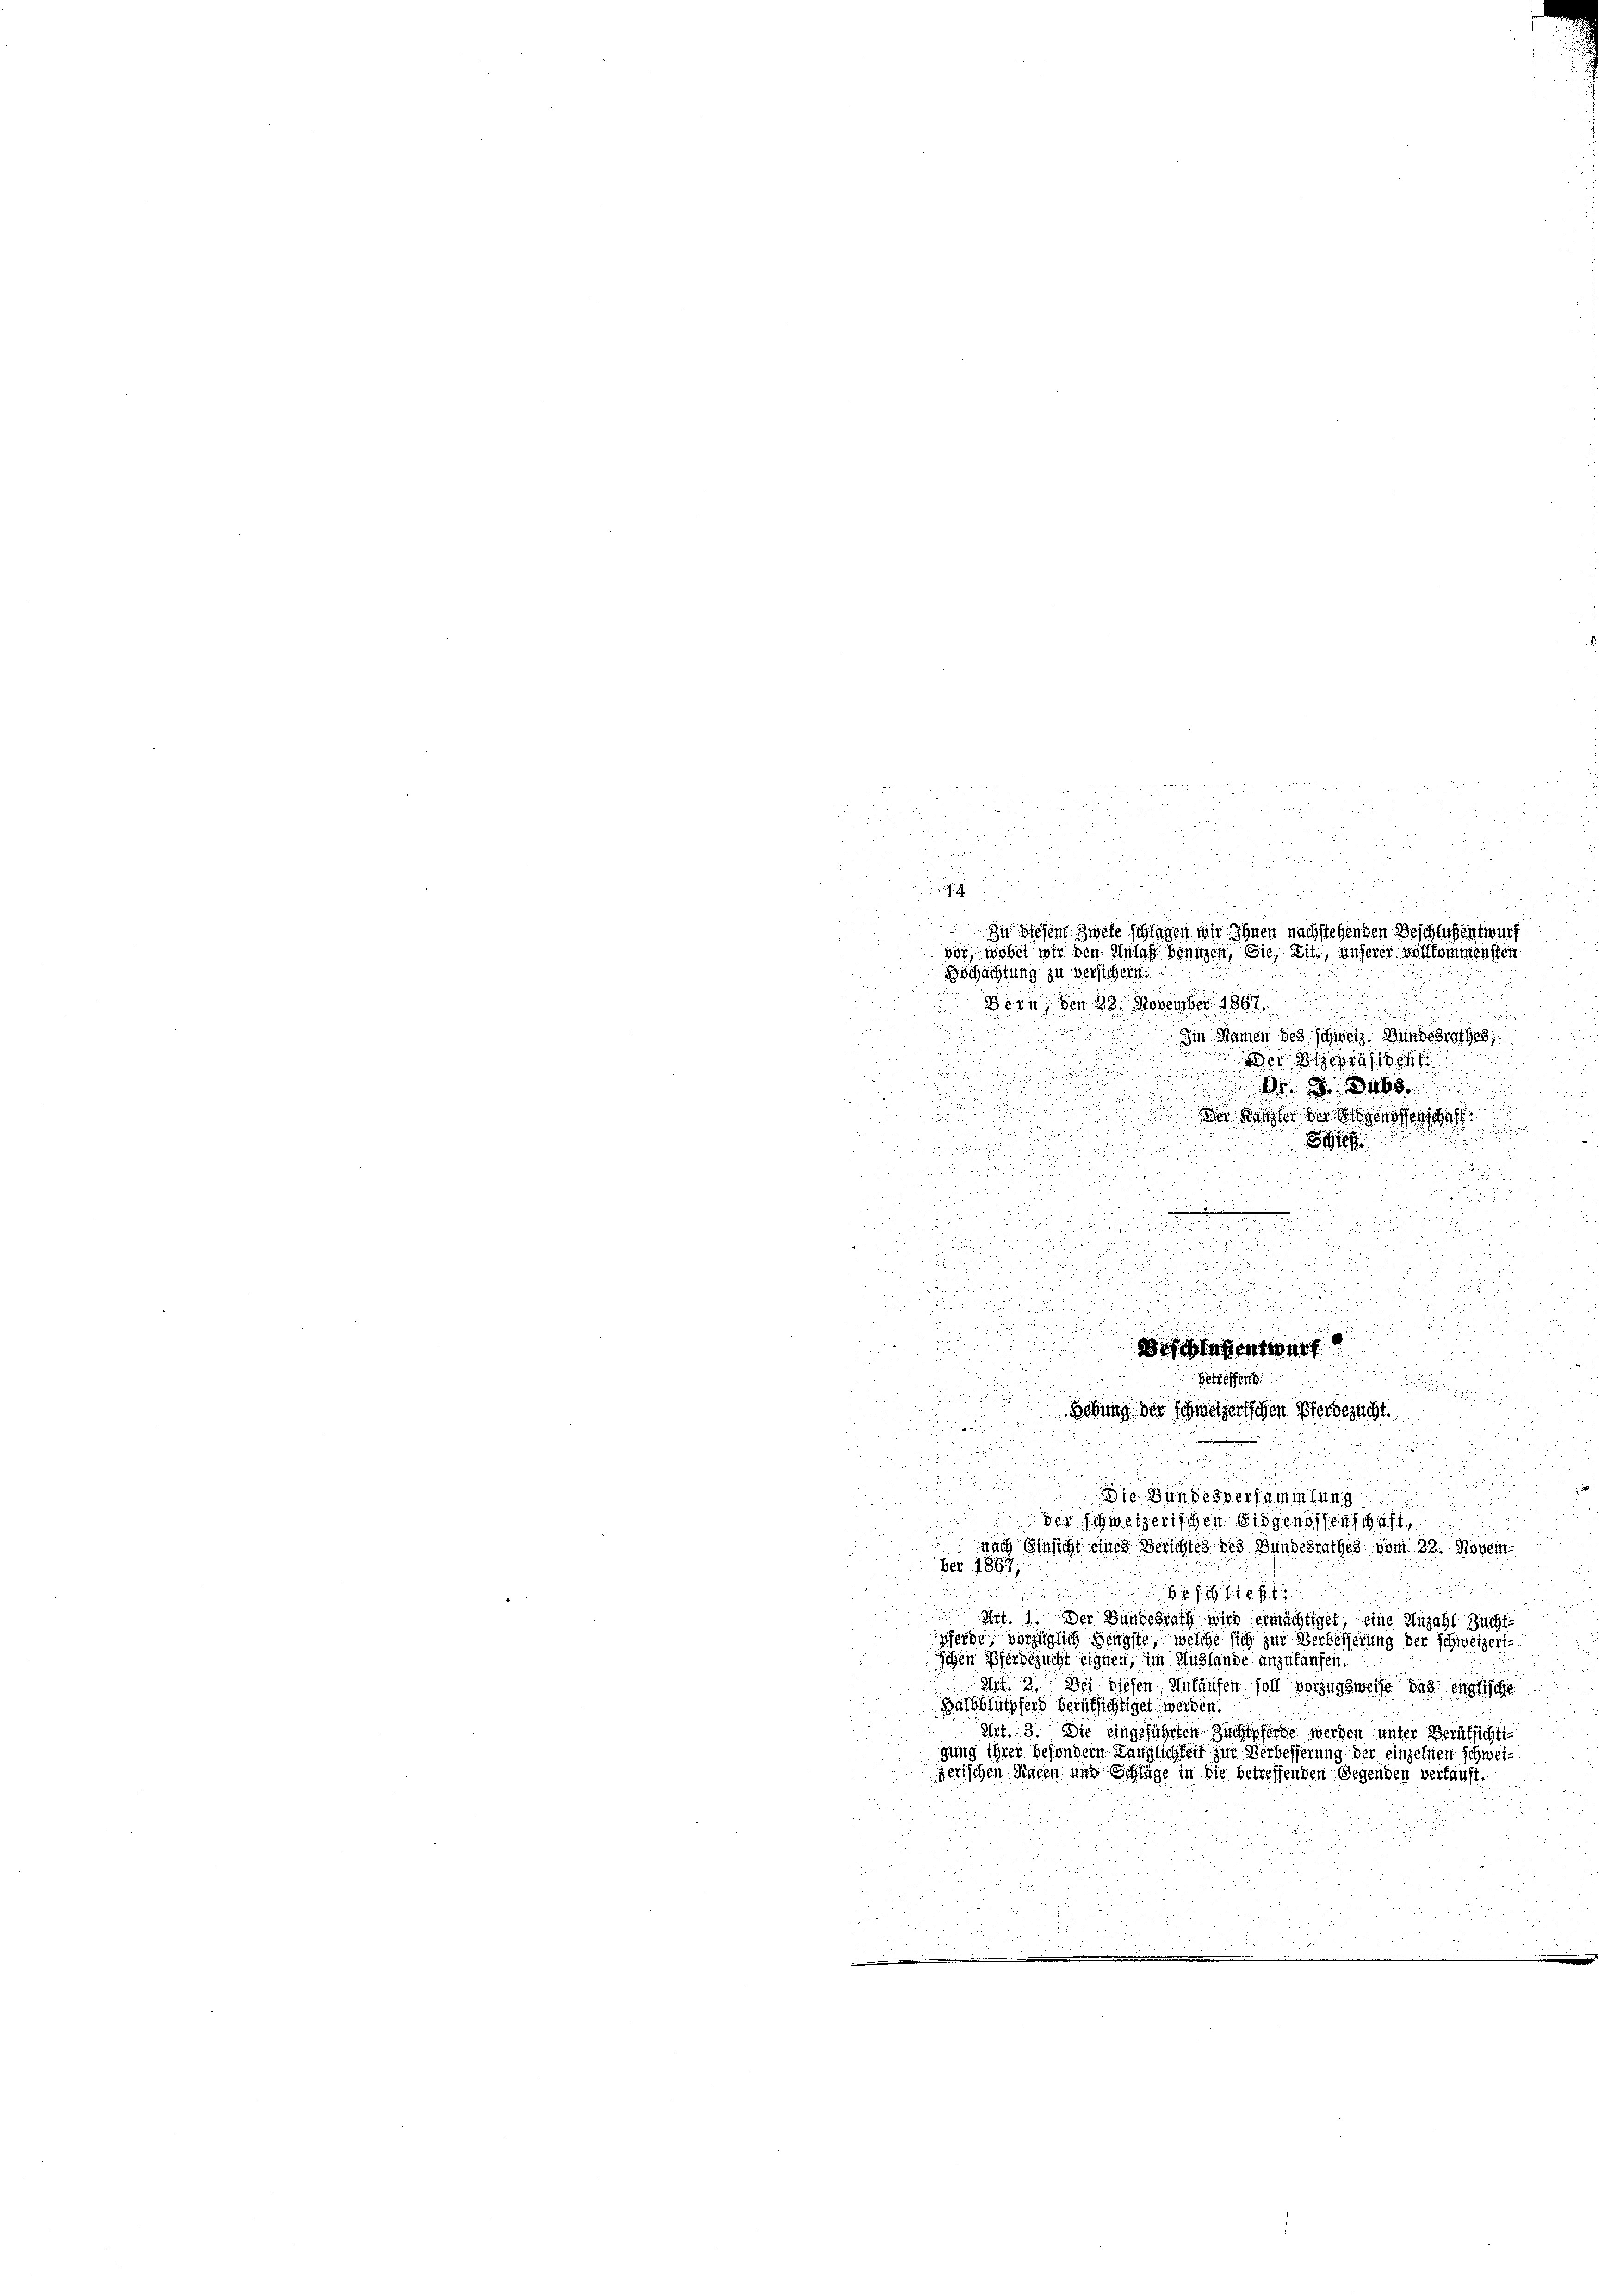
Zu diesem Zwete schlagen wir Ihnen nachstehenden Beschlussentwurf
u
vor, wobei wir den Anlaß benuzen, Sie sit, unserer vollkommensten
Bochachtung zu versichern.
Bern, den 23. November 186
Im Namen des schweiz. Bundesrathes,

dur e

Der Repräsiden

u

¬
¬
Der Regler der Eigensten

Sich

 5.

e
5
u

e

5
d

 f 24 x
d
8

d
r

u

u
d. d. h. d. 8

n
8
4

2
7
d.

n

d
a
2

a

.
 8
.
3

d

Die Bundesversammlung

2
52
.
 der schweizerischen Eidgenossenschaft
5
 nach Einsicht eines Berichtes des Bundesrathes vom 22. Novem¬
u
Ber. 1867

i

if. 1. Der Bundesrath wird ermächtiger, eine Anzahl Zuchtpferde, vorzüglich Hengste, welche sich zur Verbesserung der schweizeri¬
Ichen Pferdezucht eignen, im Auslande anzukaufen.
Mt. 3. Der diesen Ankaufen soll vorzugsweise das englische
Backhlupfers verüksichtiget werden.
Art. 3. Die eingeführten Zuchtpferde werden unter Berüksichtigung ihrer besondern Länglichkeit zur Verbesserung der einzelnen schweizerischen Paren und Schläge in die betreffenden Gegenden verkauft.
2

u

d
iblesentwert
betreffend
gebung der schweizerischen Pferdezucht.

F

und